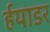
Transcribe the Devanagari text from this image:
र्हयाडर